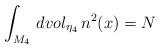
LaTeX: \begin{align*}\int_{M_4}\,dvol_{{\eta}_4}\,n^2(x)= N\end{align*}